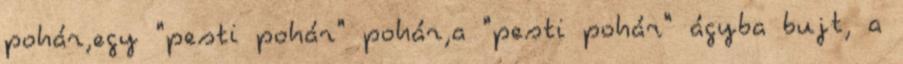
pohár,egy "pesti pohár" pohár,a "pesti pohár" ágyba bujt, a